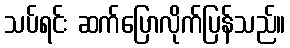
သပ်ရင်း ဆက်ပြောလိုက်ပြန်သည်။